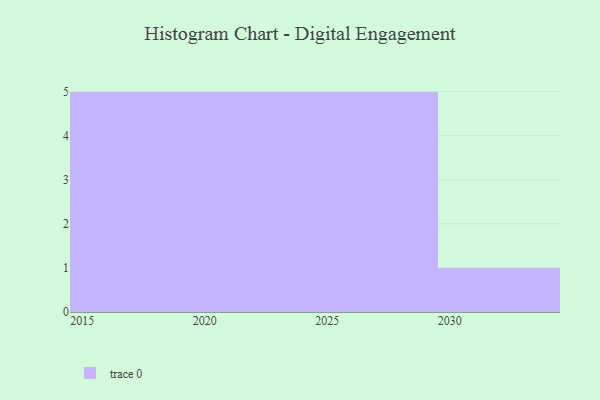
{"axis": {"x": "Year", "y": "Temperature (°C)"}, "legend": [""], "data": [{"x": "2015", "y": 70, "type": ""}, {"x": "2030", "y": 74, "type": ""}, {"x": "2024", "y": 86, "type": ""}, {"x": "2017", "y": 80, "type": ""}, {"x": "2028", "y": 30, "type": ""}, {"x": "2023", "y": 27, "type": ""}, {"x": "2022", "y": 65, "type": ""}, {"x": "2027", "y": 46, "type": ""}, {"x": "2016", "y": 68, "type": ""}, {"x": "2025", "y": 75, "type": ""}, {"x": "2019", "y": 20, "type": ""}, {"x": "2020", "y": 51, "type": ""}, {"x": "2018", "y": 32, "type": ""}, {"x": "2021", "y": 63, "type": ""}, {"x": "2029", "y": 49, "type": ""}, {"x": "2026", "y": 3, "type": ""}]}